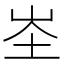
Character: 𭖏